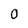
Character: 0